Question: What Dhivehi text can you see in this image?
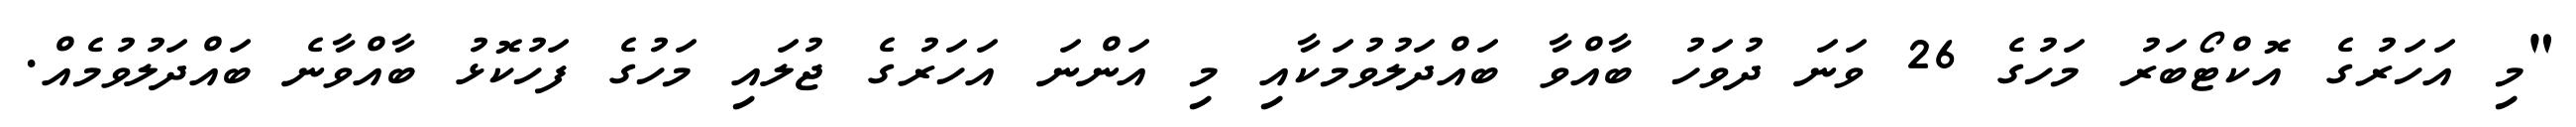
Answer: "މި އަހަރުގެ އޮކްޓޯބަރު މަހުގެ 26 ވަނަ ދުވަހު ބާއްވާ ބައްދަލުވުމަކާއި މި އަންނަ އަހަރުގެ ޖުލައި މަހުގެ ފަހުކޮޅު ބާއްވާނެ ބައްދަލުވުމެއް.